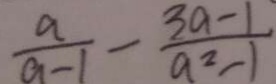
\frac { a } { a - 1 } - \frac { 3 a - 1 } { a ^ { 2 } - 1 }